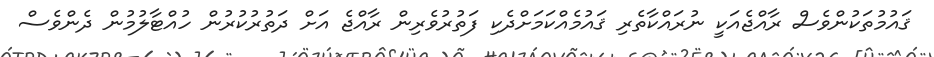
ޤައުމުތަކުންވެސް ރާއްޖެއަކީ ނުރައްކާތެރި ޤައުމެއްކަމަށްދެކި ފަތުރުވެރިން ރާއްޖެ އަށް ދަތުރުކުރުން ހުއްޓާލުމުން ދެންވެސް